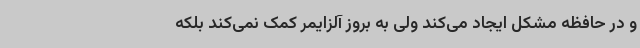
و در حافظه مشکل ایجاد می‌کند ولی به بروز آلزایمر کمک نمی‌کند بلکه